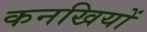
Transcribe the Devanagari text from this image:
कनखियों